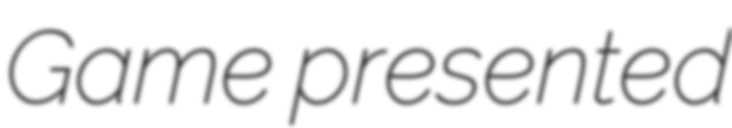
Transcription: Game presented